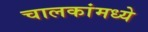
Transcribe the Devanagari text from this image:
चालकांमध्ये